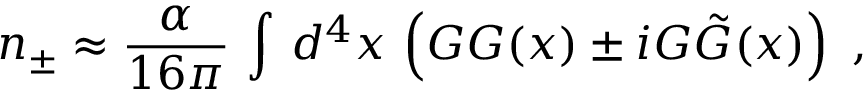
n _ { \pm } \approx \frac \alpha { 1 6 \pi } \, \int \, d ^ { 4 } x \, \left( G G ( x ) \pm i G \tilde { G } ( x ) \right) \, \, ,